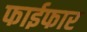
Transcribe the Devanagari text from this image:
फाईफार